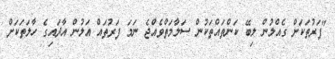
"ފަރުތަކަށް ގެއްލުން ލިބޭ ކަންތައްތަކުން ސަލާމަތްވެއްޖެ ނަމަ ފަރުތައް އަލުން އާދައިގެ ހާލަތަކަށް